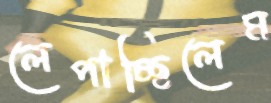
লেপাচ্ছিলেম